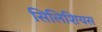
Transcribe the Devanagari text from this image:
सिलिशियस